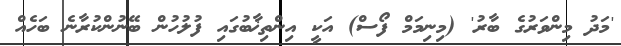
'މަދު މިންވަރުގެ ބާރު' (މިނިމަމް ފޯސް) އަކީ އިންތިޚާބުގައި ފުލުހުން ބޭނުންކުރާނެ ބަހެއް